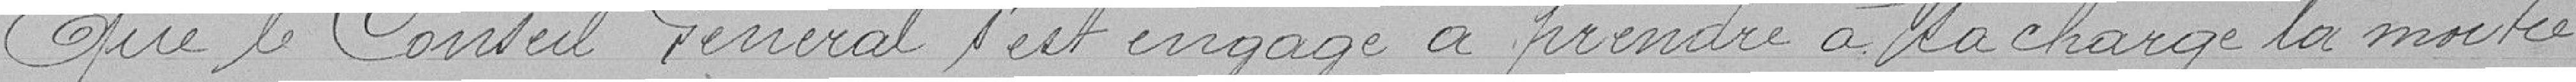
Que le Conseil Général s'est engagé à prendre à la charge la moitié